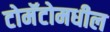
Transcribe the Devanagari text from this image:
टोमॅटोमधील